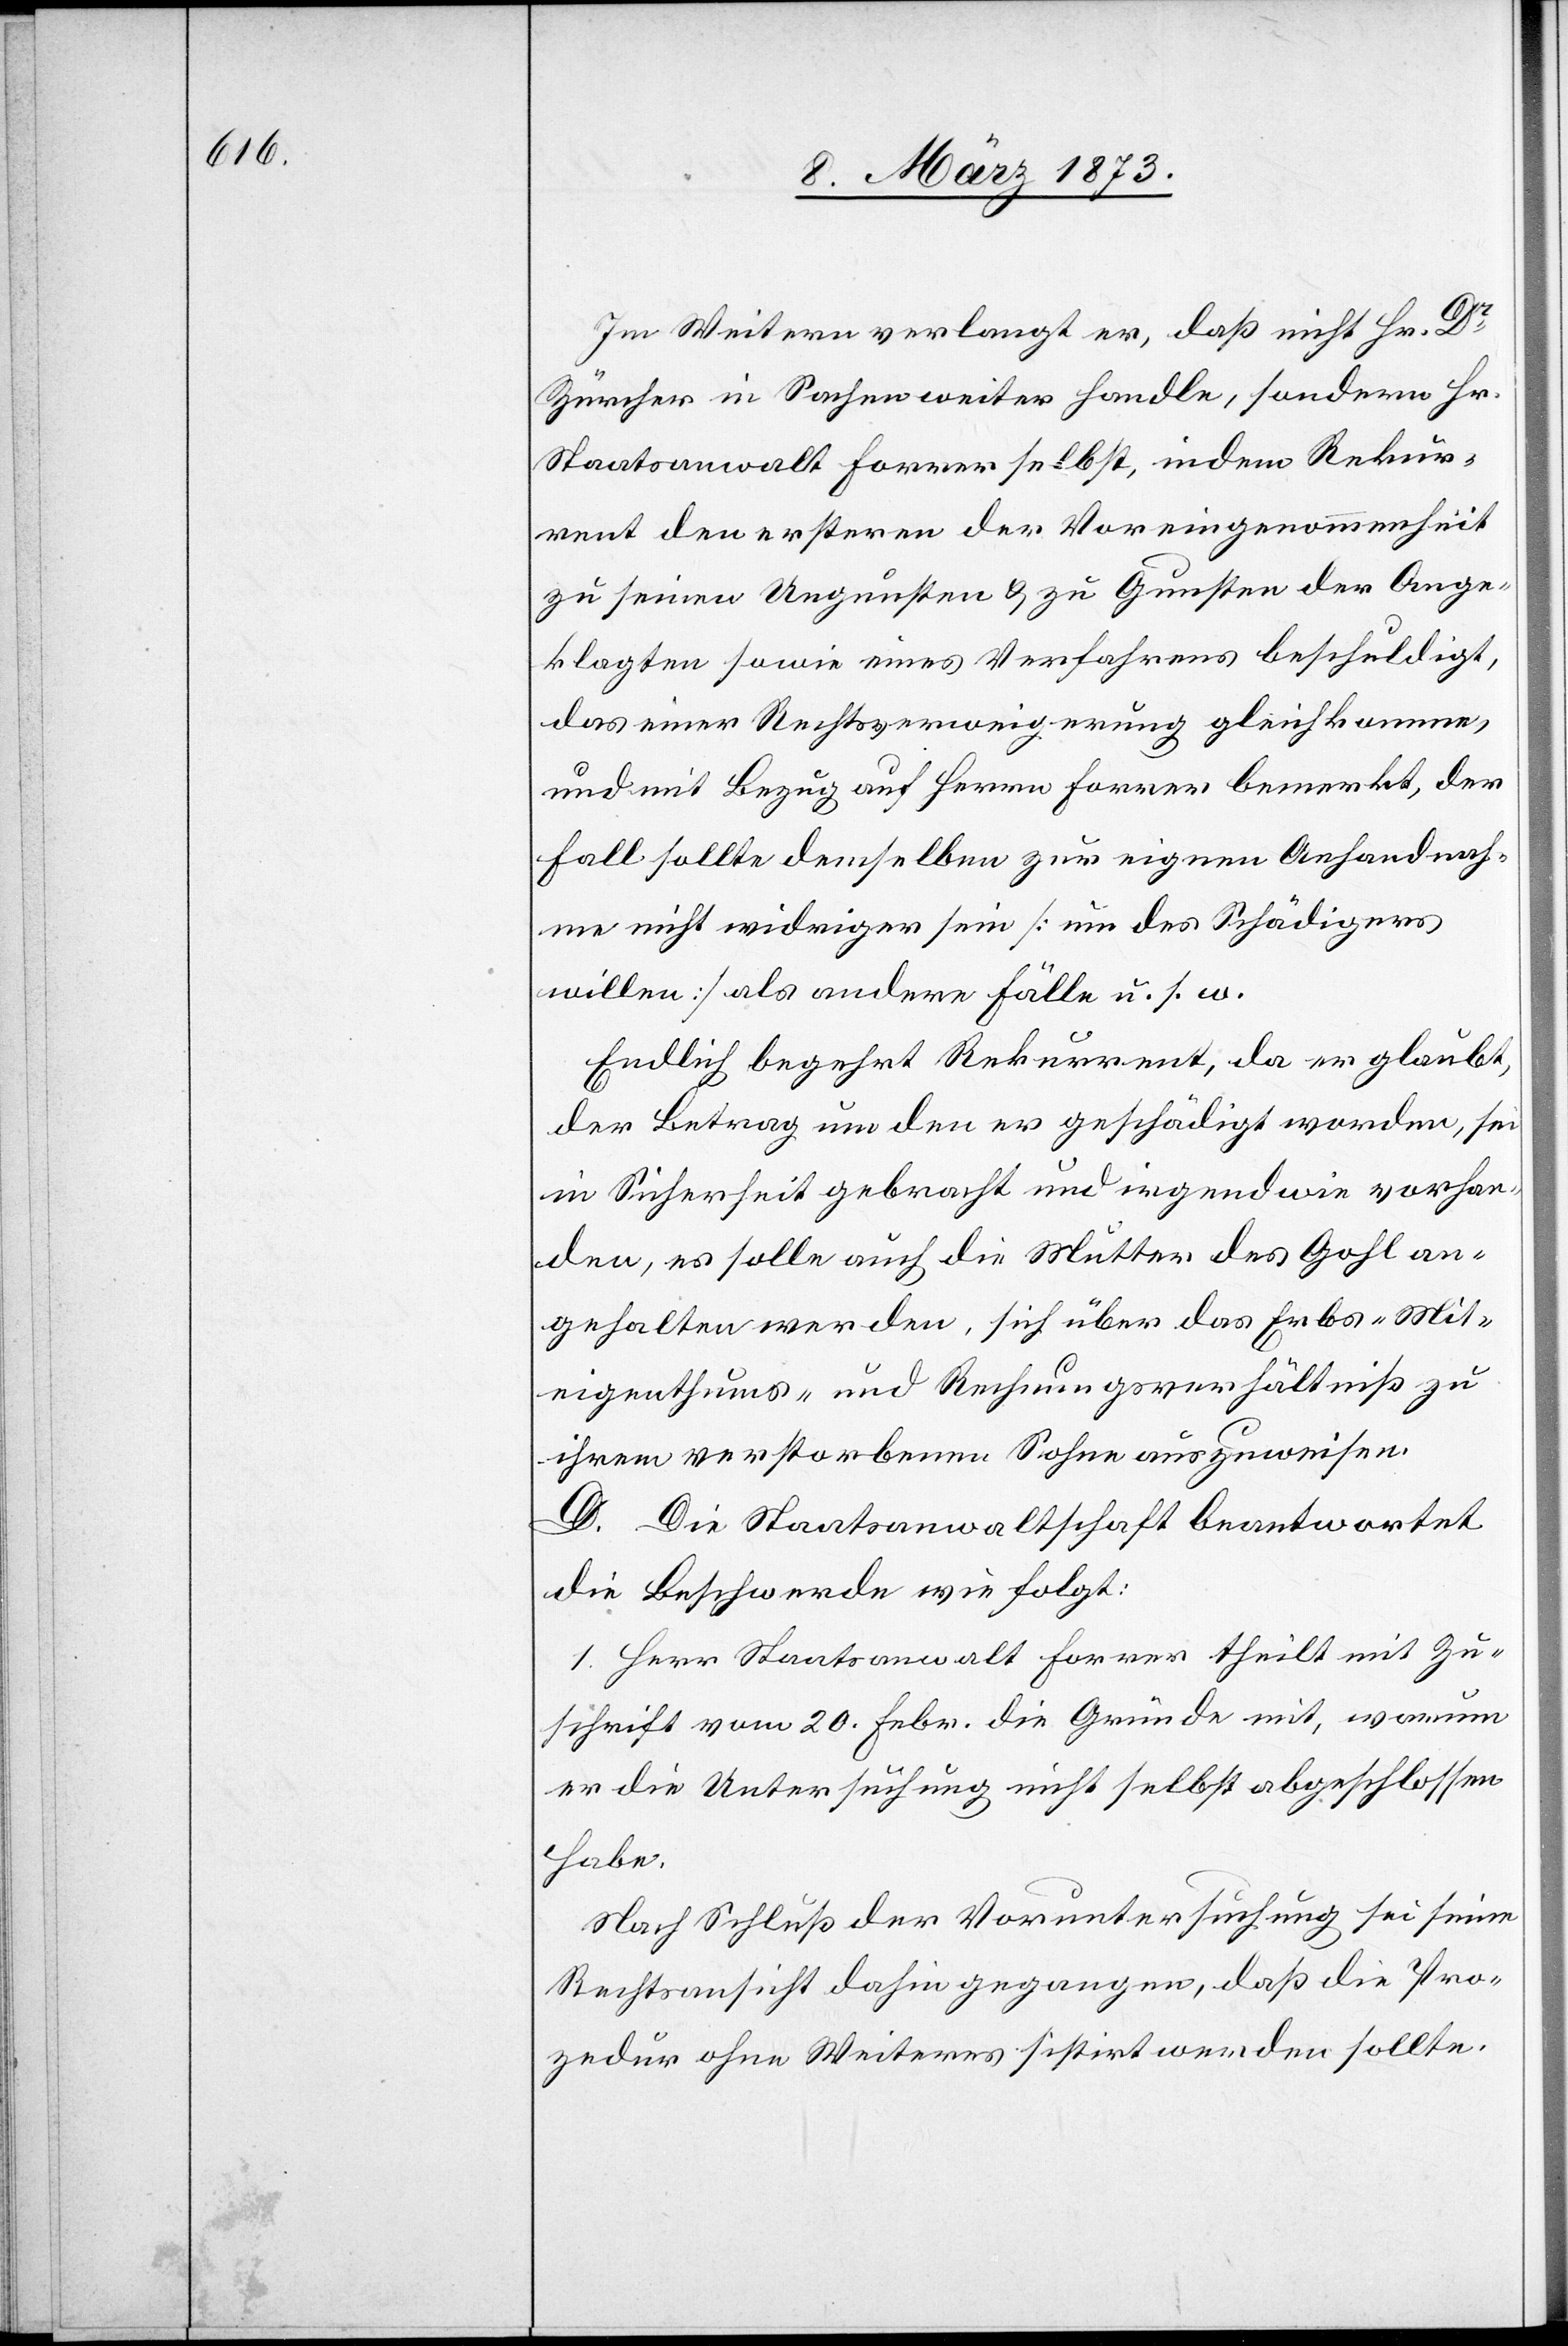
Im Weitern verlangt er, daß nicht Hr. Dr
Zürcher in Sachen weiter handle, sondern Hr.
Staatsanwalt Forrer selbst, indem Rekur¬
rent den ersteren der Voreingenommenheit
zu seinen Ungunsten u. zu Gunsten der Ange¬
klagten sowie eines Verfahrens beschuldigt,
das einer Rechtsverweigerung gleichkomme,
und mit Bezug auf Herrn Forrer bemerkt, der
Fall sollte demselben zur eigenen Anhandnah¬
me nicht widriger sein [um des Schädigers
willen] als andere Fälle u. s. w.
Endlich begehrt Rekurrent, da er glaubt,
der Betrag um den er geschädigt worden, sei
in Sicherheit gebracht und irgendwie vorhan¬
den, es solle auch die Mutter des Gohl
angehalten werden, sich über das Erbs-[,] Mit¬
eigenthums- und Rechnungsverhältniß zu
ihrem verstorbenen Sohne auszuweisen.
D. Die Staatsanwaltschaft beantwortet
die Beschwerde wie folgt:
1. Herr Staatsanwalt Forrer theilt mit Zu¬
schrift vom 20. Febr. die Gründe mit, warum
er die Untersuchung nicht selbst abgeschlossen
habe.
Nach Schluß der Voruntersuchung sei seine
Rechtsansicht dahin gegangen, daß die Pro¬
zedur ohne Weiteres sistirt werden sollte.